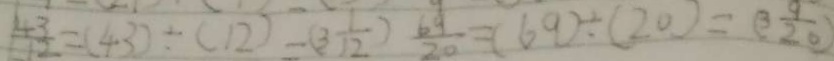
\frac { 4 3 } { 1 2 } = ( 4 3 ) \div ( 1 2 ) = ( 3 \frac { 1 } { 1 2 } ) \frac { 6 9 } { 2 0 } = ( 6 9 ) \div ( 2 0 ) = ( 3 \frac { 9 } { 2 0 } )